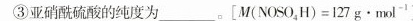
③亚硝酰硫酸的纯度为___。[M(NOS0_{4}H)=127g·mol^{-1}]